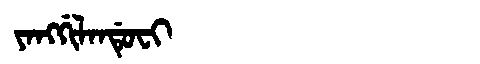
Manchu: ᠶᠠᠩᡤᡳᠯᠠᠨᡩᡠᠸᡳ
Romanization: YANGGILANDUFI